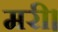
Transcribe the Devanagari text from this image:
मरी।